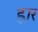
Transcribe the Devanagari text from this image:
ह्वार